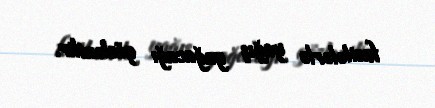
fasilələrlə yağış yağacağı gözlənilir.